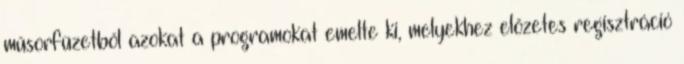
műsorfüzetből azokat a programokat emelte ki, melyekhez előzetes regisztráció